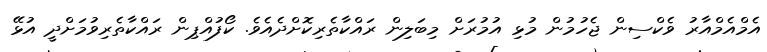
އެމްއެމްއާރު ވެކްސިން ޖެހުމުން މުޅި އުމުރަށް މިބަލިން ރައްކާތެރިކޮށްދެއެވެ. ކޯފުއްޕިން ރައްކާތެރިވުމަށްދީ އުޅޭ